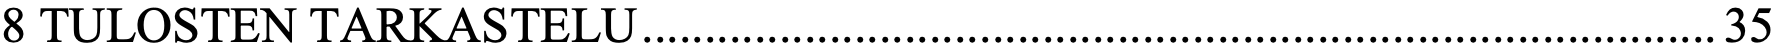
8 TULOSTEN TARKASTELU ...................................................................................... 35